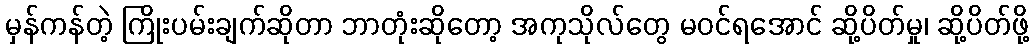
မှန်ကန်တဲ့ ကြိုးပမ်းချက်ဆိုတာ ဘာတုံးဆိုတော့ အကုသိုလ်တွေ မဝင်ရအောင် ဆို့ပိတ်မှု၊ ဆို့ပိတ်ဖို့